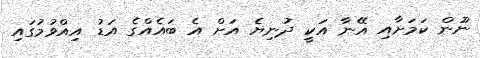
ނޫން ކަމަށާއި އޭނާ އަކީ ދުނިޔެ އަށް އެ ބައެއްގެ އަޑު އިއްވުމުގައި